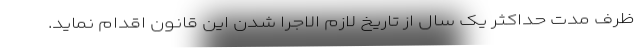
ظرف مدت حداکثر یک سال از تاریخ لازم الاجرا شدن این قانون اقدام نماید.